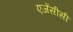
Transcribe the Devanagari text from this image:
एजेंसीसी